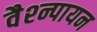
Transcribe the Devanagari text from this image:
वैश्न्पायन